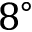
8 ^ { \circ }